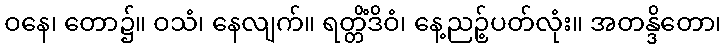
ဝနေ၊ တော၌။ ဝသံ၊ နေလျက်။ ရတ္တိံဒိဝံ၊ နေ့ညဉ့်ပတ်လုံး။ အတန္ဒိတော၊